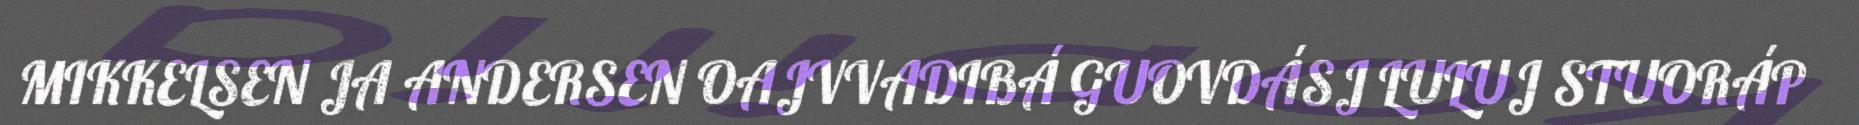
MIKKELSEN JA ANDERSEN OAJVVADIBÁ GUOVDÁSJ LULUJ STUORÁP